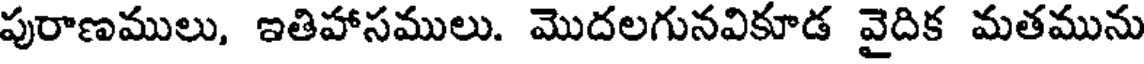
పురాణములు, ఇతిహాసములు. మొదలగునవికూడ వైదిక మతమును